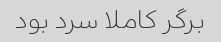
برگر کاملا سرد بود